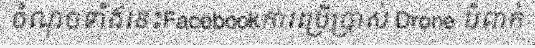
ចំណុចទាំងនេះFacebookការប្រើប្រាស់ Drone បំពាក់